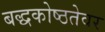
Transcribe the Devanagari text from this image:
बद्धकोष्ठतेवर